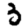
Digit: 3